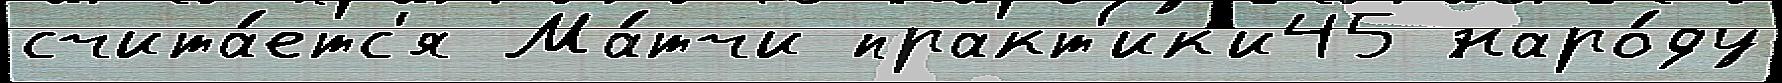
счита́етс'я Ма́тчи практ'ик'и45 наро́ду